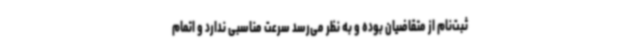
ثبت‌نام از متقاضیان بوده و به نظر می‌رسد سرعت مناسبی ندارد و اتمام